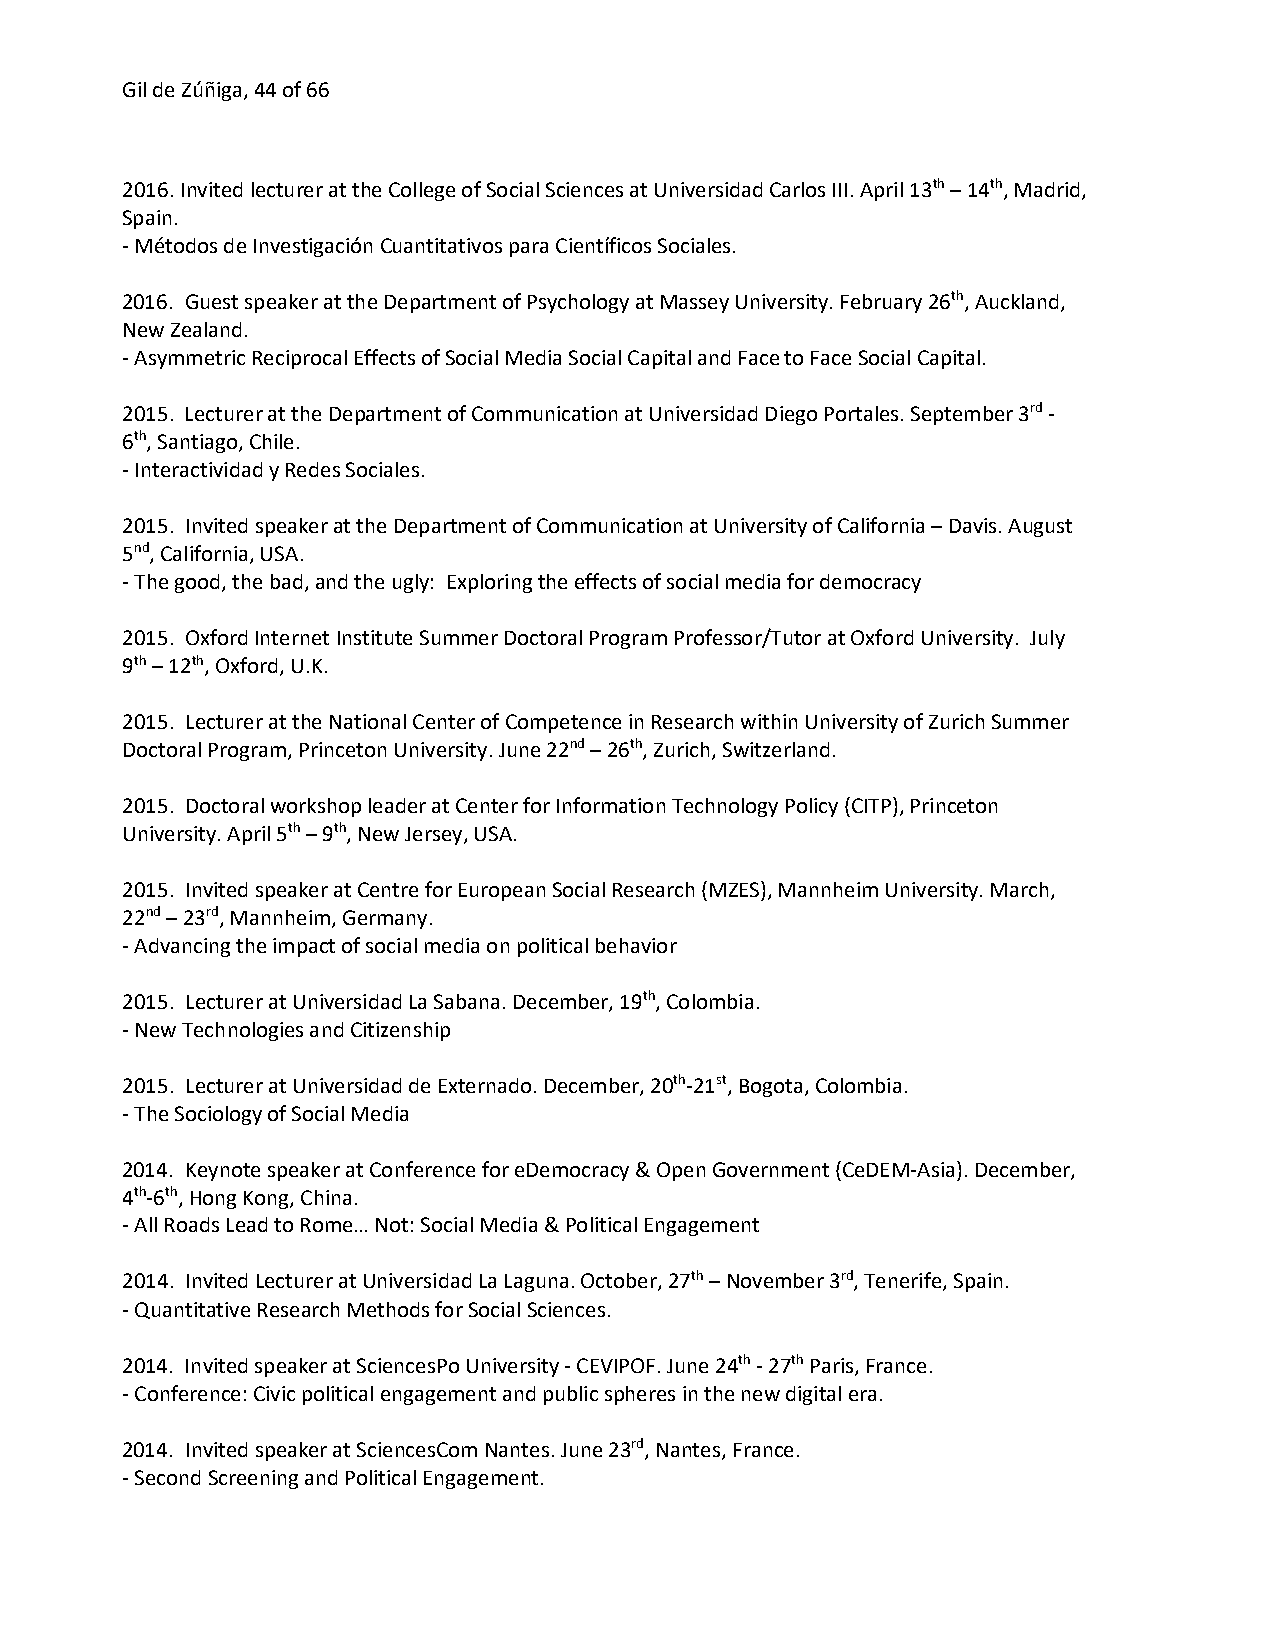
Gil de Zúñiga, 44 of 66
 2016. Invited lecturer at the College of Social Sciences at Universidad Carlos III. April 13th – 14th, Madrid,
 Spain.
 - Métodos de Investigación Cuantitativos para Científicos Sociales.
 2016. Guest speaker at the Department of Psychology at Massey University. February 26th, Auckland,
 New Zealand.
 - Asymmetric Reciprocal Effects of Social Media Social Capital and Face to Face Social Capital.
 2015. Lecturer at the Department of Communication at Universidad Diego Portales. September 3rd -
 6th, Santiago, Chile.
 - Interactividad y Redes Sociales.
 2015. Invited speaker at the Department of Communication at University of California – Davis. August
 5nd, California, USA.
 - The good, the bad, and the ugly: Exploring the effects of social media for democracy
 2015. Oxford Internet Institute Summer Doctoral Program Professor/Tutor at Oxford University. July
 9th – 12th, Oxford, U.K.
 2015. Lecturer at the National Center of Competence in Research within University of Zurich Summer
 Doctoral Program, Princeton University. June 22nd – 26th, Zurich, Switzerland.
 2015. Doctoral workshop leader at Center for Information Technology Policy (CITP), Princeton
 University. April 5th – 9th, New Jersey, USA.
 2015. Invited speaker at Centre for European Social Research (MZES), Mannheim University. March,
 22nd – 23rd, Mannheim, Germany.
 - Advancing the impact of social media on political behavior
 2015. Lecturer at Universidad La Sabana. December, 19th, Colombia.
 - New Technologies and Citizenship
 2015. Lecturer at Universidad de Externado. December, 20th-21st, Bogota, Colombia.
 - The Sociology of Social Media
 2014. Keynote speaker at Conference for eDemocracy & Open Government (CeDEM-Asia). December,
 4th-6th, Hong Kong, China.
 - All Roads Lead to Rome… Not: Social Media & Political Engagement
 2014. Invited Lecturer at Universidad La Laguna. October, 27th – November 3rd, Tenerife, Spain.
 - Quantitative Research Methods for Social Sciences.
 2014. Invited speaker at SciencesPo University - CEVIPOF. June 24th - 27th Paris, France.
 - Conference: Civic political engagement and public spheres in the new digital era.
 2014. Invited speaker at SciencesCom Nantes. June 23rd, Nantes, France.
 - Second Screening and Political Engagement.